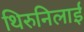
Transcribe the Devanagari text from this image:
थिरुनिलाई